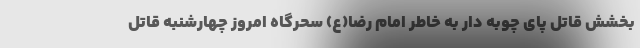
بخشش قاتل پای چوبه دار به خاطر امام رضا(ع) سحرگاه امروز چهارشنبه قاتل